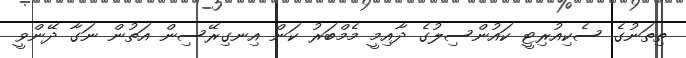
ތިތަނުގެ ސެކިއުރިޓީ ކައުންސިލުގެ ދާއިމީ މެމްބަރު ކަން އިނގިރޭސިން އަތުން ނަގާ ދޭންވީ